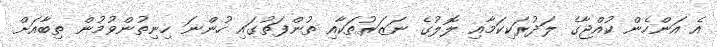
އެ އަންހެން ކުއްޖާގެ ލަދުރަކިކަމާއި ލޮލުގެ ނަޒަރުތަކާއި ތުންފަތުގައި ހުންނަ ހިނިތުންވުމުން ތިބާއަށް